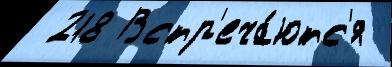
 218 Встр'еча́ютс'я